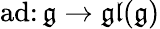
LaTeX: \operatorname{ad}\colon{\mathfrak{g}}\to{\mathfrak{gl}}({\mathfrak{g}})